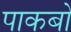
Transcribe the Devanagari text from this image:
पाकबो